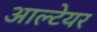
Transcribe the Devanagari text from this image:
आल्टेयर